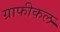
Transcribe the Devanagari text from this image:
ग्राफीकल